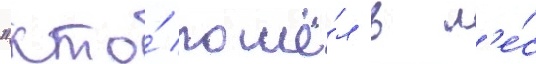
"кто́ пошё́л в л'е́с